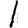
Digit: 1